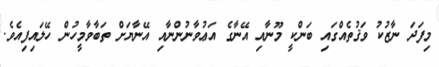
މިފަދަ ނާޒުކު ވަޤުތެއްގައި ބަންކީ މޫނާއި އޭނާގެ އަޢުވާނުންނާއި އޭނާޔަށް ތަބާވާމީހުން ހޭލައިފިއެވެ.